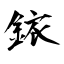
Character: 銥